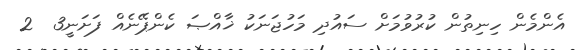
އެންމެން ހިނިތުން ކުރުވުމަށް ސައުދި މަހުޖަނަކު ޚާއްޞަ ކެންޕޭނެއް ފަށަނީ3  2